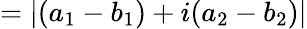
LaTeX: =|(a_{1}-b_{1})+i(a_{2}-b_{2})|